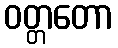
ဝတ္တတော